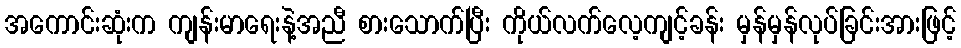
အကောင်းဆုံးက ကျန်းမာရေးနဲ့အညီ စားသောက်ပြီး ကိုယ်လက်လေ့ကျင့်ခန်း မှန်မှန်လုပ်ခြင်းအားဖြင့်